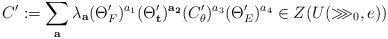
LaTeX: \begin{align*}C':=\sum_{\bf a}\lambda_{{\bf a}}(\Theta'_F)^{a_1}(\Theta'_\mathbf{t})^{\bf a_2}(C'_\theta)^{a_3}(\Theta'_E)^{a_4}\in Z(U(\ggg_0,e))\end{align*}